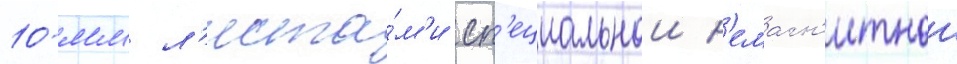
10-мм л'иста́м'и сп'ециальнои н'емагн'итнои